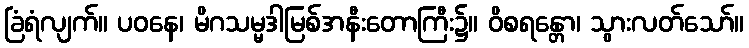
ခြံရံလျက်။ ပဝနေ၊ မိဂသမ္မဒါမြစ်အနီးတောကြီး၌။ ဝိစရန္တော၊ သွားလတ်သော်။